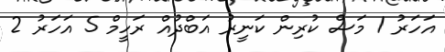
އަހަރު 1 މަސް ކުރިން ކަނީރު އަބްދުއް ރަހީމް 5 އަހަރު 2